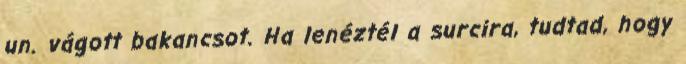
un. vágott bakancsot. Ha lenéztél a surcira, tudtad, hogy